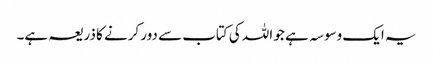
یہ ایک وسوسہ ہے جو اللہ کی کتاب سے دور کرنے کا ذریعہ ہے۔